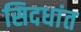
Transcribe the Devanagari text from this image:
सिदधांत